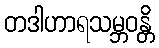
တဒါဟာရသမ္ဘဝန္တိ